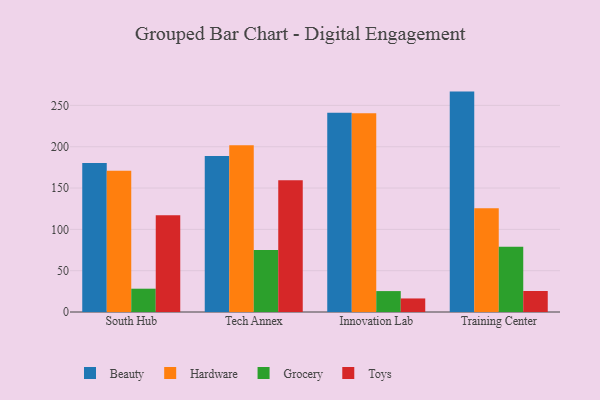
{"axis": {"x": "Campus", "y": "Gross Profit (USD K)"}, "legend": ["Beauty", "Grocery", "Hardware", "Toys"], "data": [{"x": "South Hub", "y": 180.3, "type": "Beauty"}, {"x": "South Hub", "y": 171.0, "type": "Hardware"}, {"x": "South Hub", "y": 28.2, "type": "Grocery"}, {"x": "South Hub", "y": 117.2, "type": "Toys"}, {"x": "Tech Annex", "y": 188.7, "type": "Beauty"}, {"x": "Tech Annex", "y": 201.8, "type": "Hardware"}, {"x": "Tech Annex", "y": 75.1, "type": "Grocery"}, {"x": "Tech Annex", "y": 159.3, "type": "Toys"}, {"x": "Innovation Lab", "y": 241.0, "type": "Beauty"}, {"x": "Innovation Lab", "y": 240.5, "type": "Hardware"}, {"x": "Innovation Lab", "y": 25.3, "type": "Grocery"}, {"x": "Innovation Lab", "y": 16.4, "type": "Toys"}, {"x": "Training Center", "y": 266.7, "type": "Beauty"}, {"x": "Training Center", "y": 125.6, "type": "Hardware"}, {"x": "Training Center", "y": 78.9, "type": "Grocery"}, {"x": "Training Center", "y": 25.4, "type": "Toys"}]}